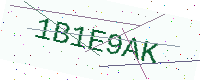
Text: 1B1E9AK